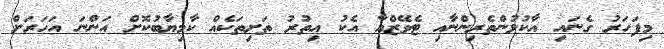
މިފަހަރު ގެނައި އާކުޅުންތެރިންނާއި ޓެވޭޒްއާ އެކު އިތުރު ތަށިތަކެއް ކާމިޔާބުކޮށް އަންނަ އަހަރަށް